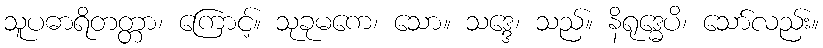
သူပဓာရိတတ္တာ၊ ကြောင့်။ သုခုမကေ၊ သော။ သဒ္ဒေ၊ သည်။ နိရုဒ္ဓေပိ၊ သော်လည်း။